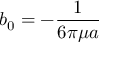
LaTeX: b _ { 0 } = - { \frac { 1 } { 6 \pi \mu a } }